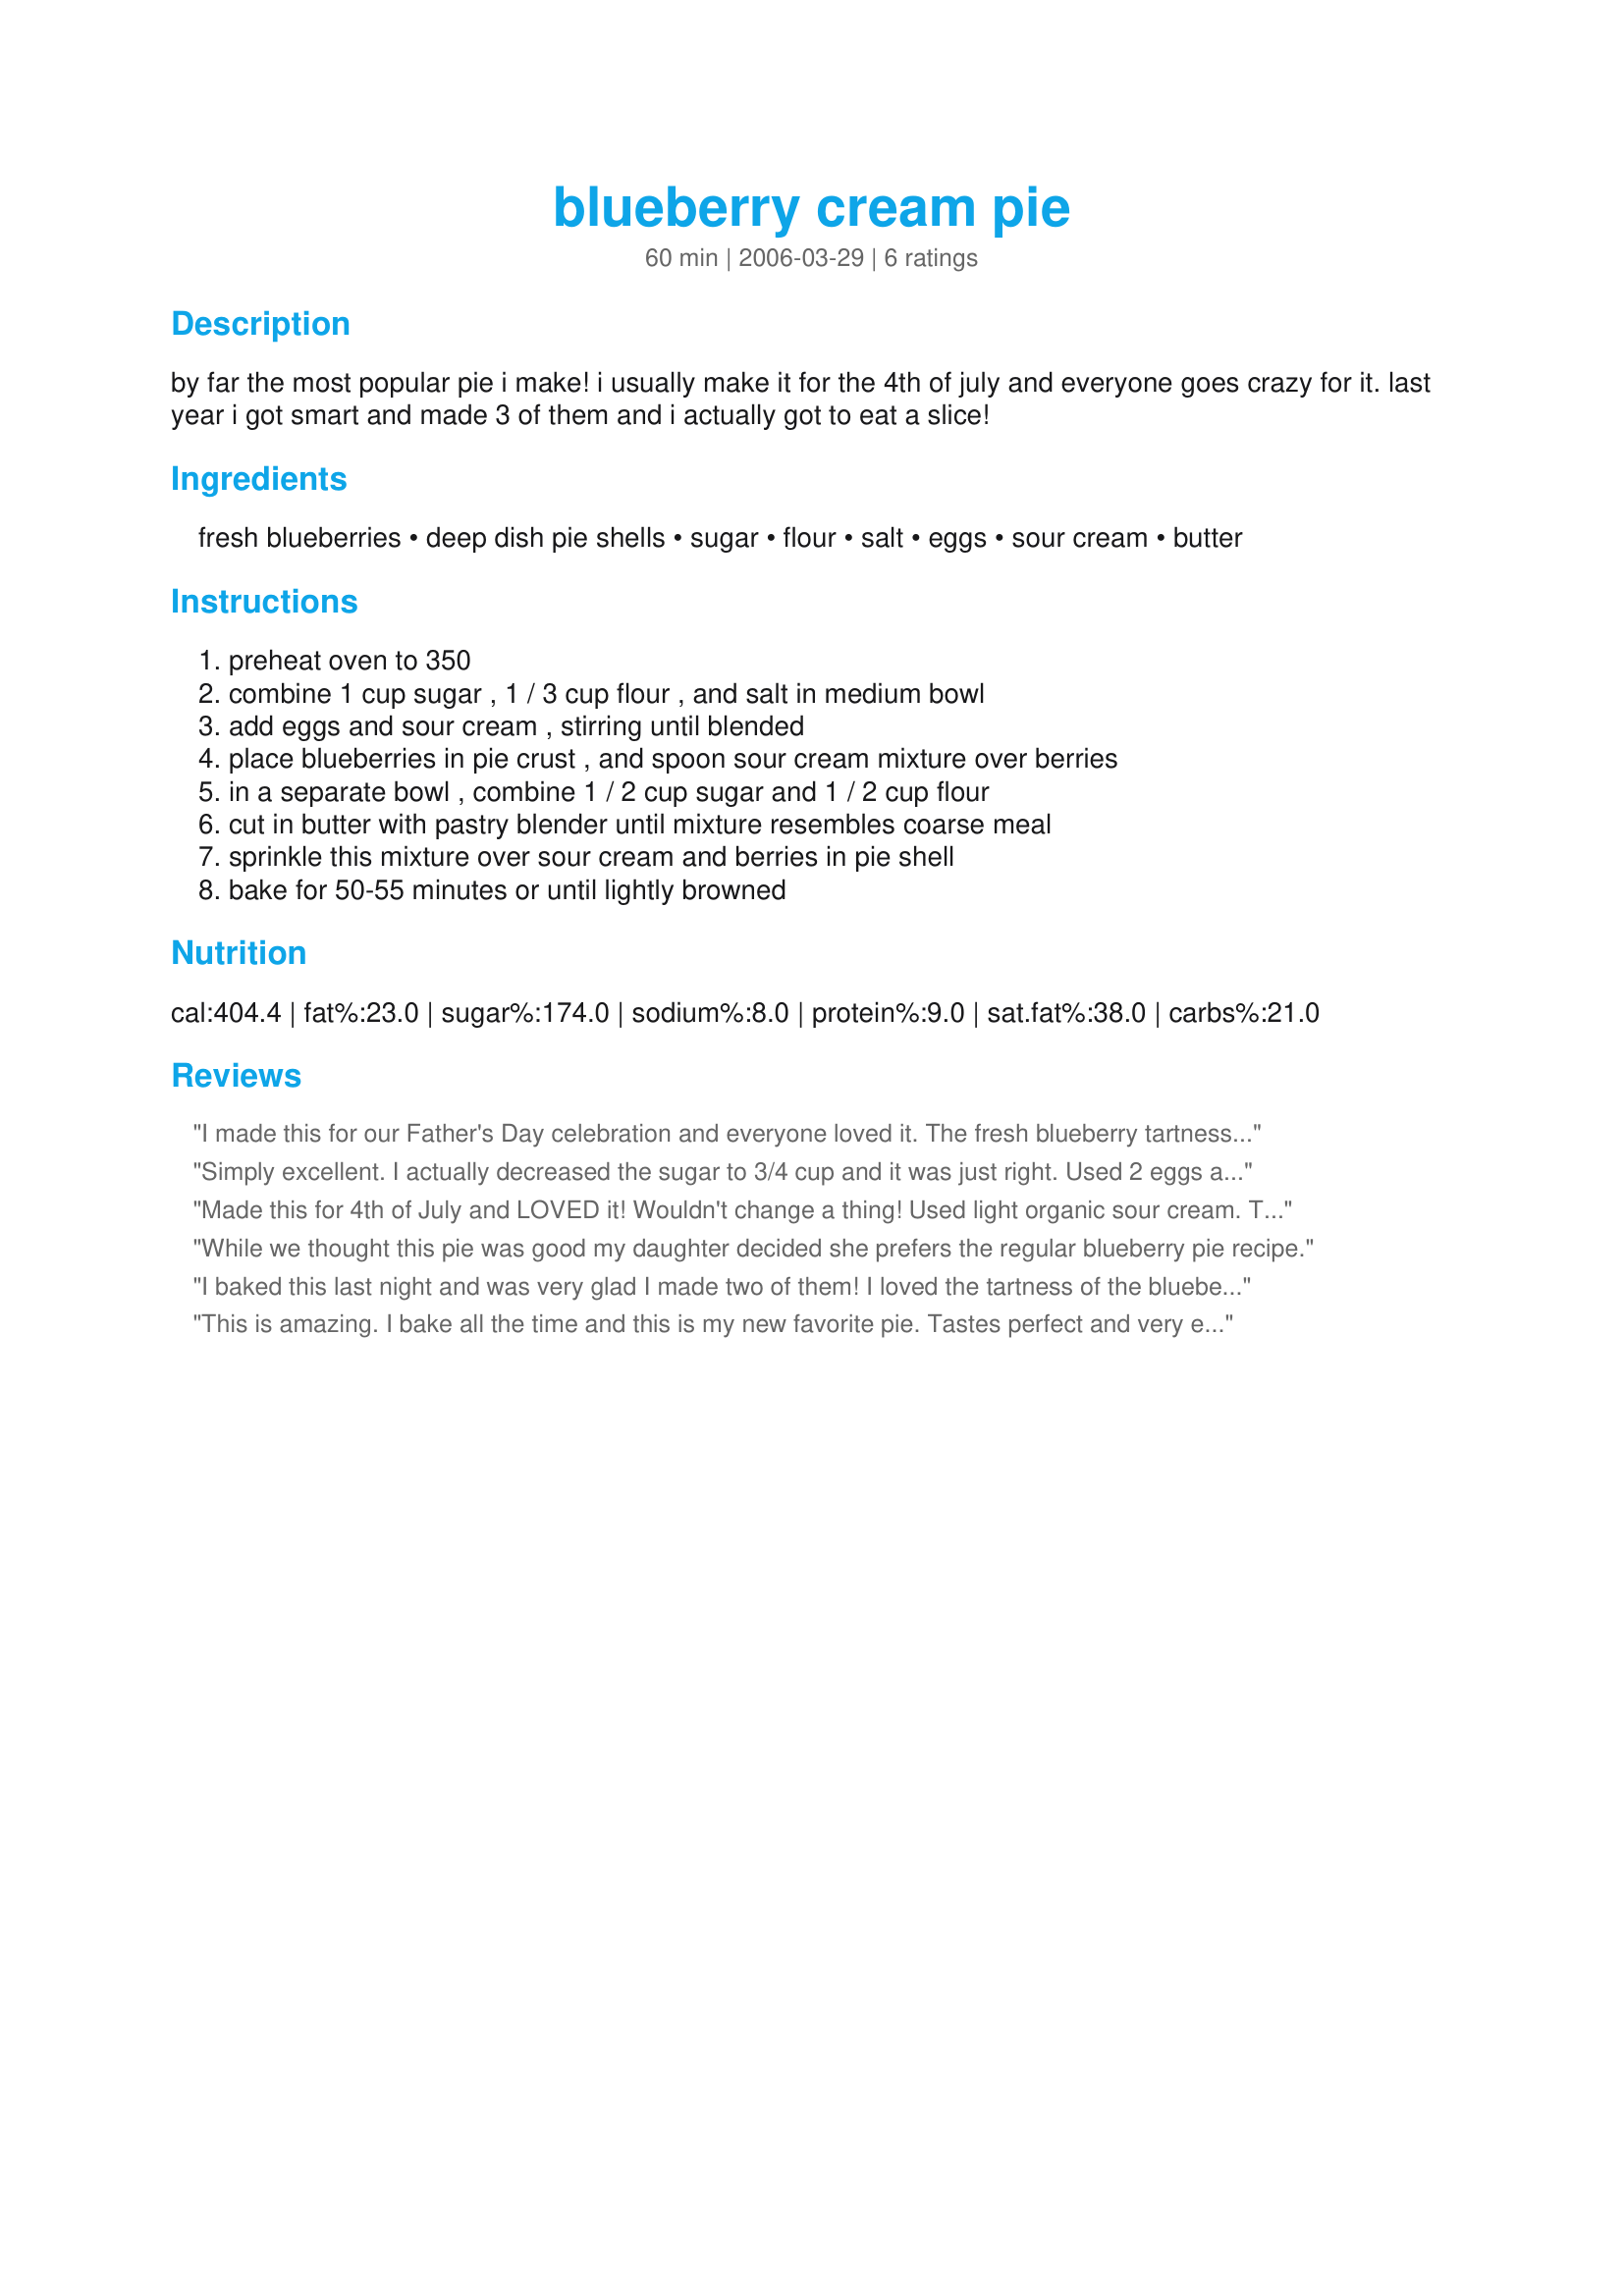
blueberry cream pie
Preparation time: 60 minutes

by far the most popular pie i make! i usually make it for the 4th of july and everyone goes crazy for it. last year i got smart and made 3 of them and i actually got to eat a slice!

Ingredients:
fresh blueberries, deep dish pie shells, sugar, flour, salt, eggs, sour cream, butter

Steps:
preheat oven to 350, combine 1 cup sugar , 1 / 3 cup flour , and salt in medium bowl, add eggs and sour cream , stirring until blended, place blueberries in pie crust , and spoon sour cream mixture over berries, in a separate bowl , combine 1 / 2 cup sugar and 1 / 2 cup flour, cut in butter with pastry blender until mixture resembles coarse meal, sprinkle this mixture over sour cream and berries in pie shell, bake for 50-55 minutes or until lightly browned

Reviews:
I made this for our Father's Day celebration and everyone loved it. The fresh blueberry tartness makes this not too sweet. In fact I think next time I would add a little bit more sugar for my taste but this pie was beautiful and tasted wonderful. Thanks for sharing this great recipe!
Simply excellent. I actually decreased the sugar to 3/4 cup and it was just right. Used 2 eggs and 1 cup sour cream and might have had enough filling for 2 regular pies (not deep dish). Used a full 18 oz. carton of fresh berries. Filled the shell right to the top, it set up beautifully and didn&#039;t run over. I decreased the topping to 2 T. sugar, 3 T. flour, 1-1/2 T. butter and added 3 T. finely chopped pecans. After chilling, It cut into firm slices...not at all runny. Served with vanilla ice cream. A summer delight!
Made this for 4th of July and LOVED it! Wouldn't change a thing! Used light organic sour cream. Thanks for sharing the recipe!
While we thought this pie was good my daughter decided she prefers the regular blueberry pie recipe.
I baked this last night and was very glad I made two of them! I loved the tartness of the blueberries and the custard mixture was just enough sweetness to enhance but not too sweet! Will make this many times!
This is amazing. I bake all the time and this is my new favorite pie. Tastes perfect and very easy to make.
